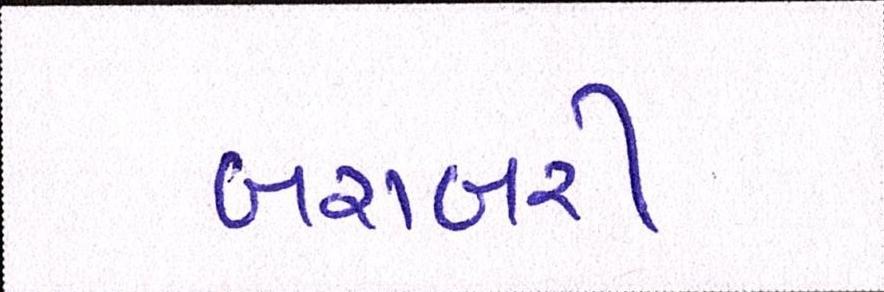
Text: બરાબરી